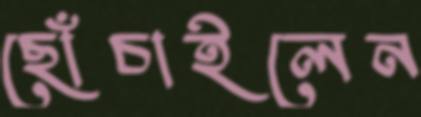
ছোঁচাইলেন